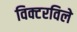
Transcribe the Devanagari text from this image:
विक्टरविले